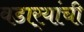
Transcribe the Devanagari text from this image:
वडार्‍यांची